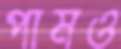
পামও